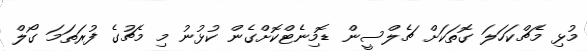
މުޅި މެޗްކަހަލަ ގޮތަކަށް ޗެލްސީން ޑޮމިނެޓްކޮށްގެން ކުޅުނު މި މެޗުގެ ފުރަތަމަ ގޯލް